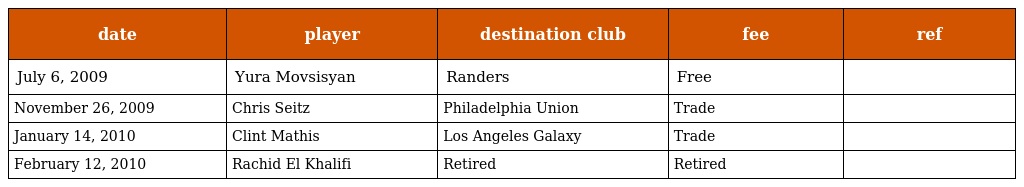
| date | player | destination club | fee | ref |
 | --- | --- | --- | --- | --- |
 | July 6, 2009 | Yura Movsisyan | Randers | Free |  |
 | November 26, 2009 | Chris Seitz | Philadelphia Union | Trade |  |
 | January 14, 2010 | Clint Mathis | Los Angeles Galaxy | Trade |  |
 | February 12, 2010 | Rachid El Khalifi | Retired | Retired |  |